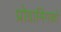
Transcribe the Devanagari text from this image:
प्रोग्रामिंगको